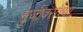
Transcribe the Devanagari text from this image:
मुजावरांच्या